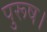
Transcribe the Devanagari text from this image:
पुरूष।